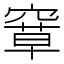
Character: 𰩗